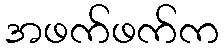
အဖက်ဖက်က